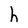
Character: h